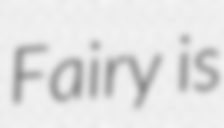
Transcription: Fairy is